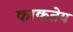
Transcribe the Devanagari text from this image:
काकतेय